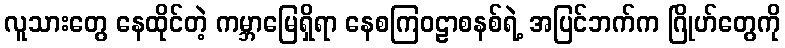
လူသားတွေ နေထိုင်တဲ့ ကမ္ဘာမြေရှိရာ နေစကြဝဠာစနစ်ရဲ့ အပြင်ဘက်က ဂြိုဟ်တွေကို